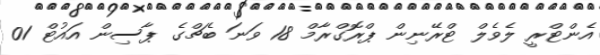
އެންޓްރީ ލެވެލް ޓްރޭނިން ޕްރޮގްރާމް 18 ވަނަ ބެޗްގެ ޕާސިން އައުޓް 01